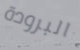
البرودة